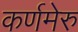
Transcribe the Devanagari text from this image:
कर्णमेरु